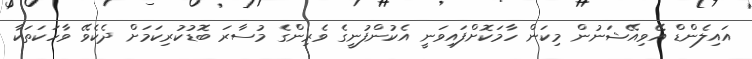
އައިލެންޑް އޭވިއޭޝަނުން މިކަން ހާމަކޮށްފައިވަނީ އެކުންފުނީގެ ވެރިންގެ މުސާރަ ބޮޑުކުރިކަމަށް ދެކެވޭ ވާހަކަތަކާ